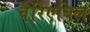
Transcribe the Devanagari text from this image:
वैरिएबिल